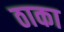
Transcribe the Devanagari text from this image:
ठाका